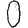
Digit: 0